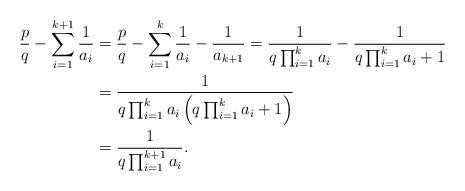
LaTeX: \begin{align*}\frac{p}{q} - \sum_{i=1}^{k+1} \frac{1}{a_i} & = \frac{p}{q} - \sum_{i=1}^{k} \frac{1}{a_i} - \frac{1}{a_{k+1}} = \frac{1}{q\prod_{i=1}^k a_i} - \frac{1}{ q\prod_{i=1}^k a_i + 1} \\ & = \frac{1}{q\prod_{i=1}^k a_i \left( q\prod_{i=1}^k a_i + 1\right) } \\& = \frac{1}{ q \prod_{i=1}^{k+1} a_i}. \end{align*}